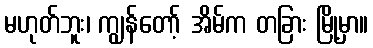
မဟုတ်ဘူး၊ ကျွန်တော့် အိမ်က တခြား မြို့မှာ။